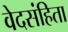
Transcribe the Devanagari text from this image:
वेदसंहिता